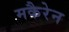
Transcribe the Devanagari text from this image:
मकैरेन